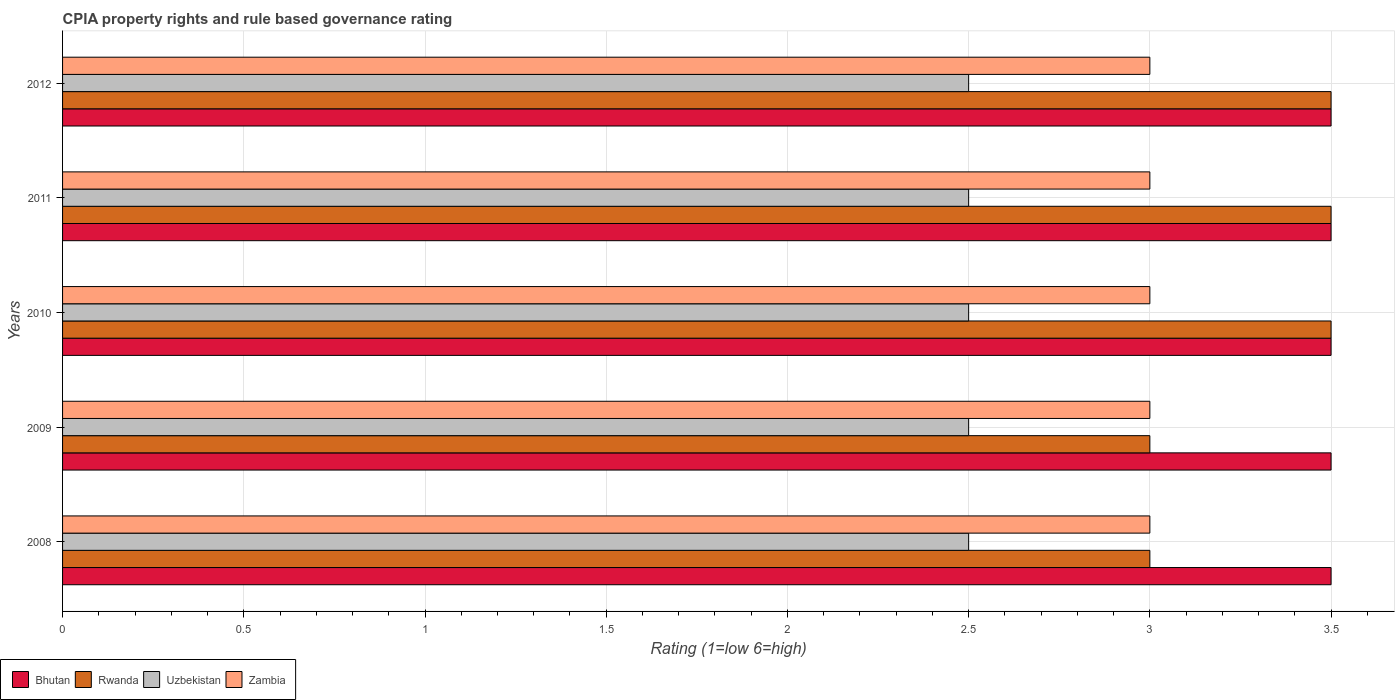
| Years | Bhutan | Rwanda | Uzbekistan | Zambia |
 | --- | --- | --- | --- | --- |
 | 2008 | 3.5 | 3 | 2.5 | 3 |
 | 2009 | 3.5 | 3 | 2.5 | 3 |
 | 2010 | 3.5 | 3.5 | 2.5 | 3 |
 | 2011 | 3.5 | 3.5 | 2.5 | 3 |
 | 2012 | 3.5 | 3.5 | 2.5 | 3 |